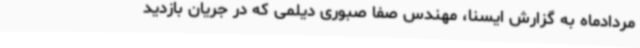
مردادماه به گزارش ایسنا، مهندس صفا صبوری دیلمی که در جریان بازدید